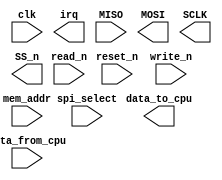
module spi (
		input  wire        clk,           //              clk.clk
		input  wire        reset_n,       //            reset.reset_n
		input  wire [15:0] data_from_cpu, // spi_control_port.writedata
		output wire [15:0] data_to_cpu,   //                 .readdata
		input  wire [2:0]  mem_addr,      //                 .address
		input  wire        read_n,        //                 .read_n
		input  wire        spi_select,    //                 .chipselect
		input  wire        write_n,       //                 .write_n
		output wire        irq,           //              irq.irq
		input  wire        MISO,          //         external.MISO
		output wire        MOSI,          //                 .MOSI
		output wire        SCLK,          //                 .SCLK
		output wire [7:0]  SS_n           //                 .SS_n
	);
endmodule